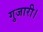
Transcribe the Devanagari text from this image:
गुजारी।